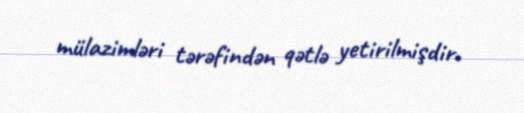
mülazimləri tərəfindən qətlə yetirilmişdir.